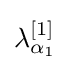
\lambda _{{\alpha }_{1}}^{[1]}